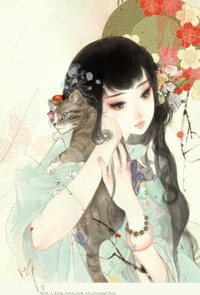
春思乱，芳心碎。